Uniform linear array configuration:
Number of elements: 16
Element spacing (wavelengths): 1
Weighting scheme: uniform
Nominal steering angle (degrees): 45
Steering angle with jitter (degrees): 44.47
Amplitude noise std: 0.05
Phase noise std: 0.05

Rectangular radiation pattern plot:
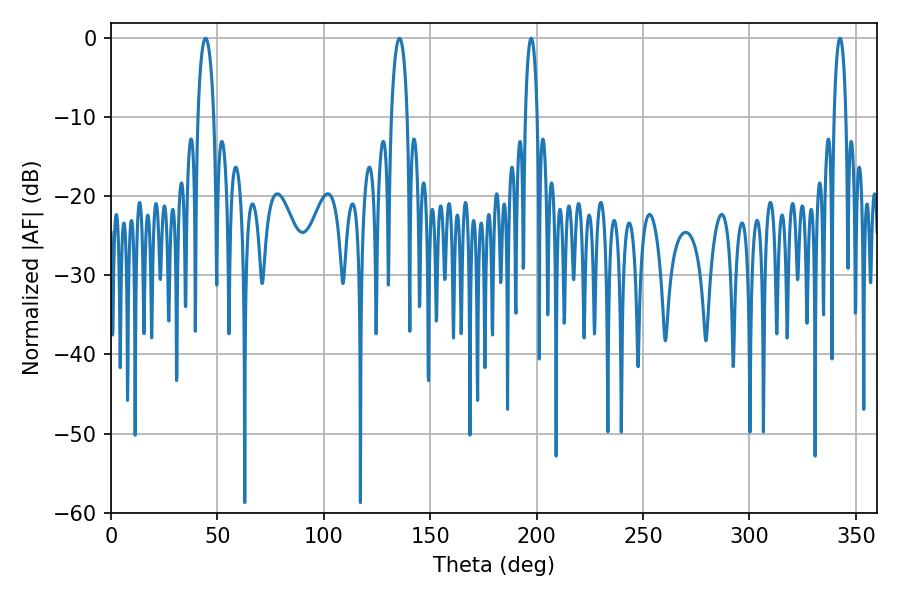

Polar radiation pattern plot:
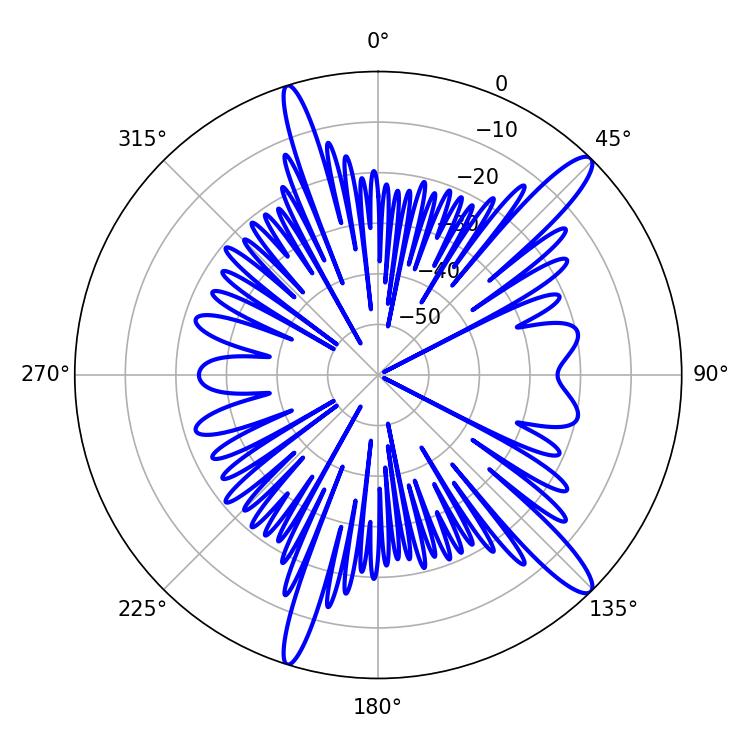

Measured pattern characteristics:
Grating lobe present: TRUE
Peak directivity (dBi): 13.81
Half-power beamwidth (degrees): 3.24
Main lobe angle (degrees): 197.46